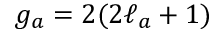
g _ { a } = 2 ( 2 \ell _ { a } + 1 )